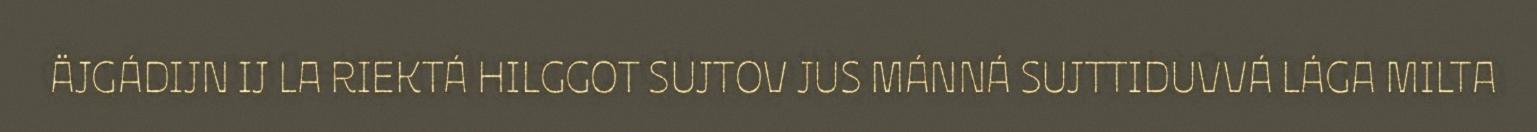
ÄJGÁDIJN IJ LA RIEKTÁ HILGGOT SUJTOV JUS MÁNNÁ SUJTTIDUVVÁ LÁGA MILTA